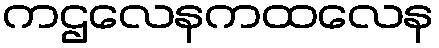
ကဌလေနကထလေန